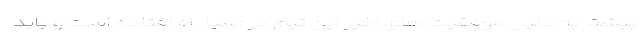
بیشتر به دلیل موفقیت های اخیر این تیم در آسیا راه افتاده است و باید